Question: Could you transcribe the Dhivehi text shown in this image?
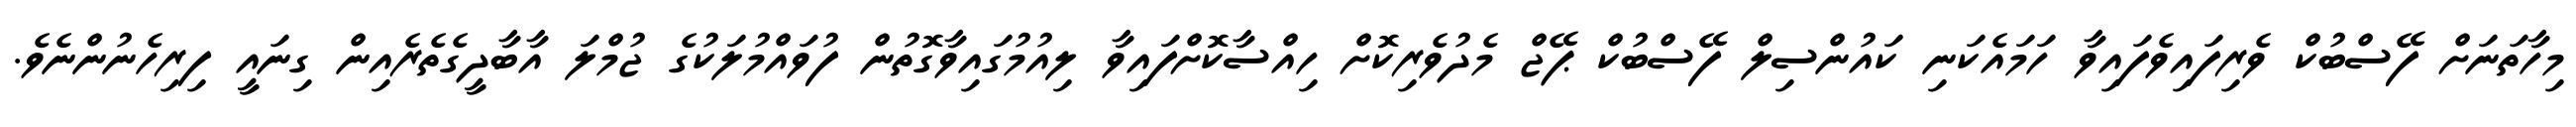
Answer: މިހާތަނަށް ފޭސްބުކް ވެރިފައިވެފައިވާ ހަމައެކަނި ކައުންސިލް ފޭސްބުކް ޕޭޖް މެދުވެރިކޮށް ހިއްސާކޮށްފައިވާ ލިއުމުގައިވާގޮތުން ފުވައްމުލަކުގެ ޖުމްލަ އާބާދީގެތެރެއިން ގިނައީ ފިރިހެނުންނެވެ.